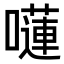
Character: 𡂴